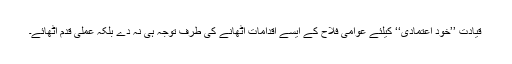
قیادت ’’خود اعتمادی‘‘ کیلئے عوامی فلاح کے ایسے اقدامات اٹھانے کی طرف توجہ ہی نہ دے بلکہ عملی قدم اٹھائے۔